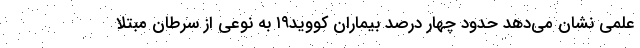
علمی نشان می‌دهد حدود چهار درصد بیماران کووید۱۹ به نوعی از سرطان مبتلا